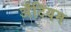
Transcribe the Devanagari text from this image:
अँटियम